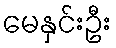
မေနှင်းဦး